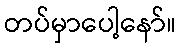
တပ်မှာပေါ့နော်။